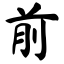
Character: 前